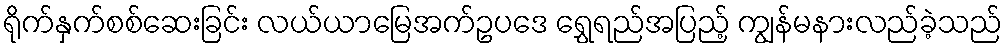
ရိုက်နှက်စစ်ဆေးခြင်း လယ်ယာမြေအက်ဥပဒေ ရွှေရည်အပြည့် ကျွန်မနားလည်ခဲ့သည်